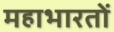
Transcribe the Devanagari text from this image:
महाभारतों